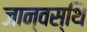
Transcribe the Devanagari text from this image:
जान्वस्थि